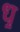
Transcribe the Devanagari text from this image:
ध़॒